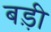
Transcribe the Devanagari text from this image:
बड़़ी